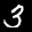
Label: 3